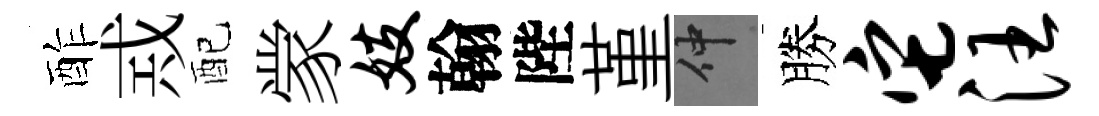
酢𢦶配䝉妓翰陛堇仲勝它汪